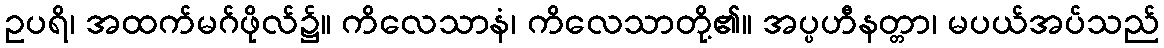
ဥပရိ၊ အထက်မဂ်ဖိုလ်၌။ ကိလေသာနံ၊ ကိလေသာတို့၏။ အပ္ပဟီနတ္တာ၊ မပယ်အပ်သည်